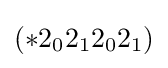
(*2_{0}2_{1}2_{0}2_{1})